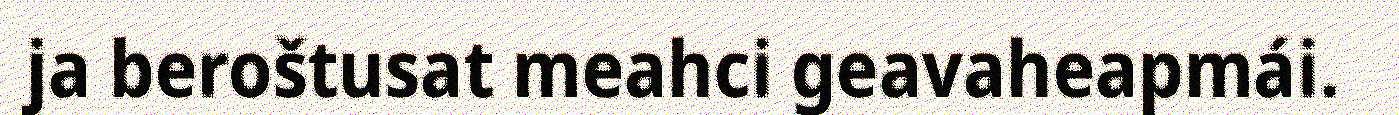
ja beroštusat meahci geavaheapmái.